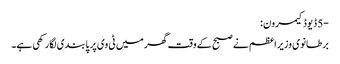
-5 ڈیوڈ کیمرون:
برطانوی وزیراعظم نے صبح کے وقت گھر میں ٹی وی پر پابندی لگارکھی ہے۔